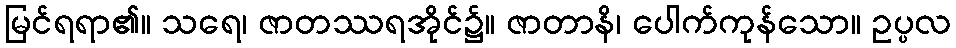
မြင်ရရာ၏။ သရေ၊ ဇာတဿရအိုင်၌။ ဇာတာနိ၊ ပေါက်ကုန်သော။ ဥပ္ပလ